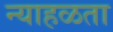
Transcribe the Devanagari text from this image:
न्याहळता